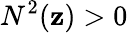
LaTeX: N^{2}(\mathbf{z})>0